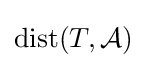
{\mbox{dist}}(T,{\mathcal {A}})